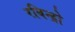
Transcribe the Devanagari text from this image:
रबिन्द्रो